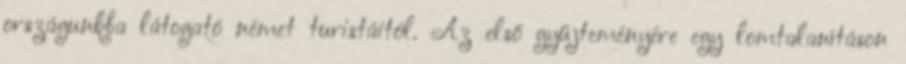
országunkba látogató német turistáitól. Az első gyűjteményére egy lomtalanításon